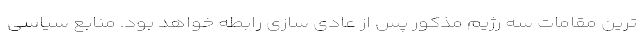
ترین مقامات سه رژیم مذکور پس از عادی سازی رابطه خواهد بود. منابع سیاسی